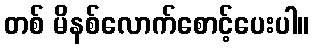
တစ် မိနစ်လောက်စောင့်ပေးပါ။